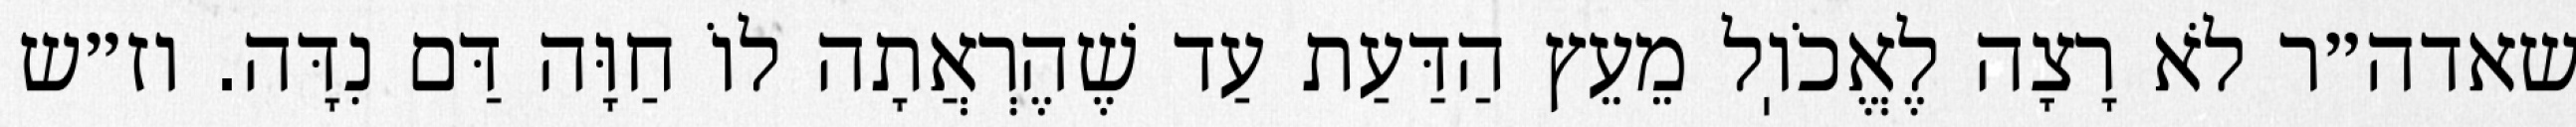
שאדה״ר לֹא רָצָה לֶאֱכֹוֽל מֵעֵץ הַדַּעַת עַד שֶׁהֶרְאֲתָה לוֹ חַוָּה דַּם נִדָּה. וז״ש